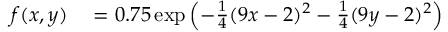
\begin{array} { r l } { f ( x , y ) } & { { } = 0 . 7 5 \exp \left( - \frac { 1 } { 4 } ( 9 x - 2 ) ^ { 2 } - \frac { 1 } { 4 } ( 9 y - 2 ) ^ { 2 } \right) } \end{array}